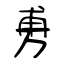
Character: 旉